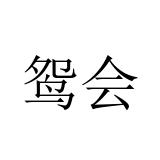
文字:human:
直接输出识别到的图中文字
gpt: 鸳会